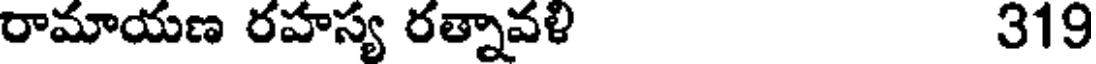
రామాయణ రహస్య రత్నావళి 319